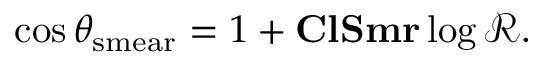
\cos \theta _ { \mathrm { s m e a r } } = 1 + { \bf C l S m r } \log \mathcal { R } .